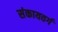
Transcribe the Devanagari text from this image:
संकायवर्ग